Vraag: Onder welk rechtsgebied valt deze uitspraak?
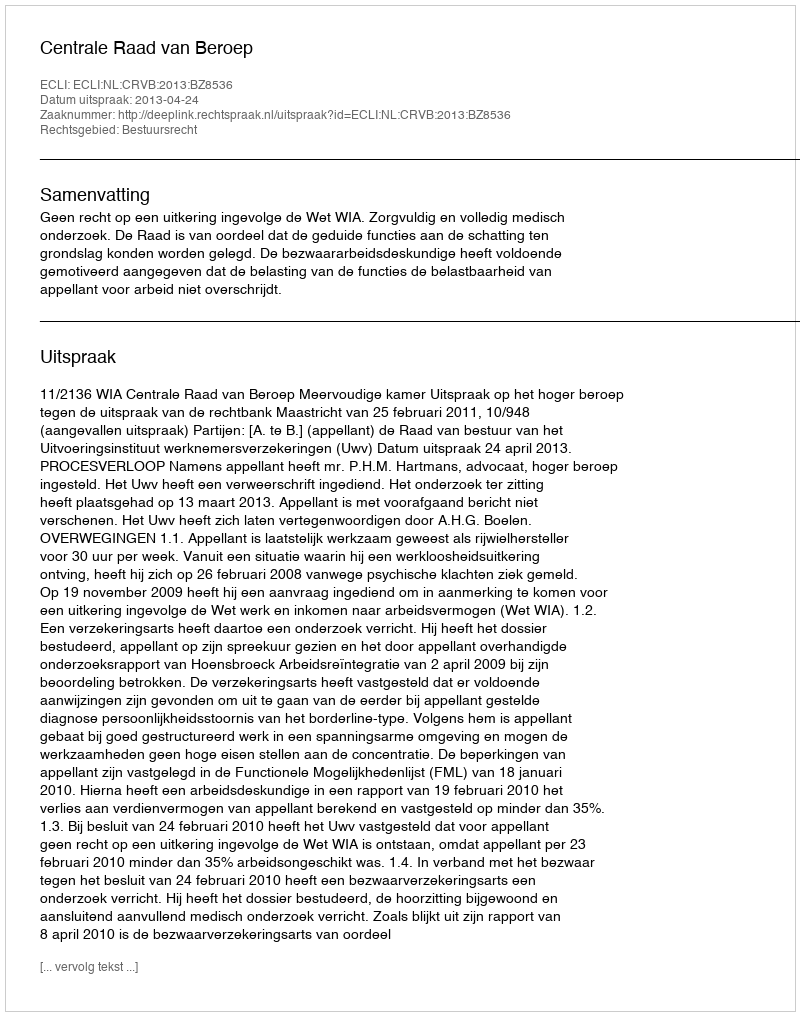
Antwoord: Bestuursrecht